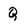
Character: Q